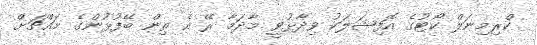
ކްރިމިނަލް ކޯޓުގެ އޮފިޝަލަކު ވިދާޅުވީ މާދަމާ ރޭ އެ ތިން ބޭފުޅުންގެ މައްޗަށް